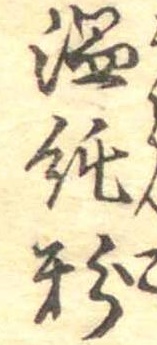
温飩粉